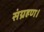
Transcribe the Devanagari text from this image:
संग्रहण।